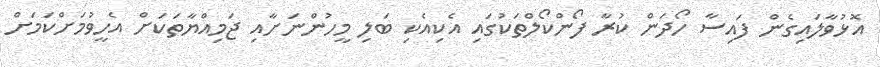
އޮޅުވާލައިގެން ފައިސާ ހޯދަން ކުރާ ފޯންކޯލްތަކުގައި އެކިއެކި ބަލި މީހުންނަށާއި ޖަމިއްޔާތަކަށް އެހީވުމަށްކަމަށް